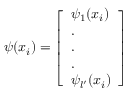
\psi ( x _ { i } ) = \left[ \begin{array} { l } { \psi _ { 1 } ( x _ { i } ) } \\ { . } \\ { . } \\ { . } \\ { \psi _ { l ^ { \prime } } ( x _ { i } ) } \end{array} \right]